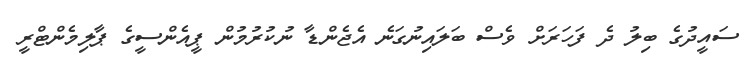
ސައީދުގެ ބިލު ދެ ފަހަރަށް ވެސް ބަލައިނުގަނެ އެޖެންޑާ ނުކުރުމުން ޕީއެންސީގެ ޕާލިމެންޓްރީ